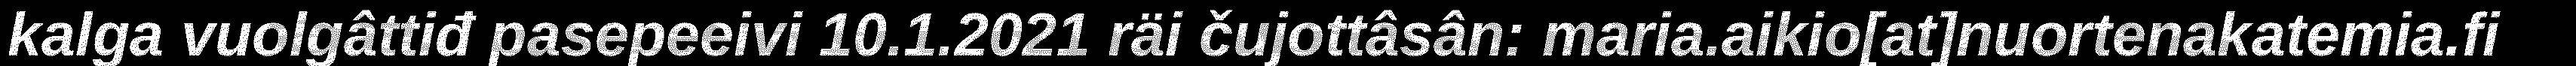
kalga vuolgâttiđ pasepeeivi 10.1.2021 räi čujottâsân: maria.aikio[at]nuortenakatemia.fi